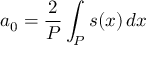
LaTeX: a _ { 0 } = { \frac { 2 } { P } } \int _ { P } s ( x ) \, d x